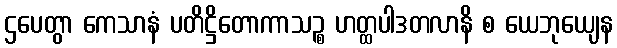
ဌပေတွာ ကေသာနံ ပတိဋ္ဌိတောကာသဉ္စ ဟတ္ထပါဒတလာနိ စ ယေဘုယျေန